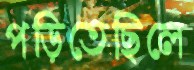
পড়িতেছিলে